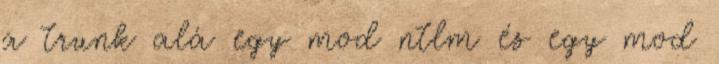
a trunk alá egy mod ntlm és egy mod